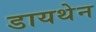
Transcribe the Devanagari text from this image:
डायथेन